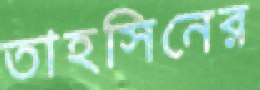
তাহসিনের